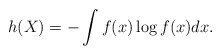
\begin{align*}h(X)=-\int f(x)\log f(x) dx.\end{align*}